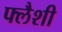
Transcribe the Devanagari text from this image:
फ्लैशी